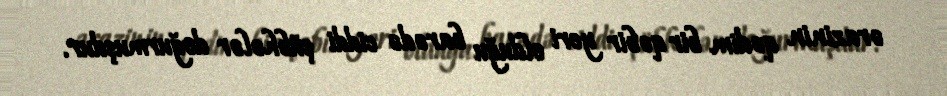
ərazinin qədim bir qəbir yeri olduğu barədə ciddi şübhələr doğurmuşdur.